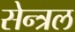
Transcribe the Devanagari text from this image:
सेन्त्रल